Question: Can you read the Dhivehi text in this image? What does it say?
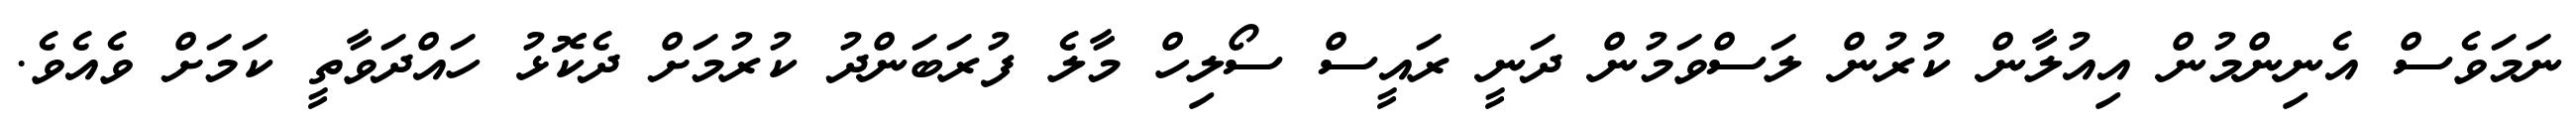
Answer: ނަމަވެސް އެނިންމުން އިއުލާން ކުރުން ލަސްވަމުން ދަނީ ރައީސް ސޯލިހް މާލެ ފުރަބަންދު ކުރުމަށް ދެކޮޅު ހައްދަވާތީ ކަމަށް ވެއެވެ.